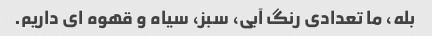
بله، ما تعدادی رنگ آبی، سبز، سیاه و قهوه ای داریم.